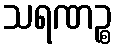
သရဏဉ္စ